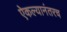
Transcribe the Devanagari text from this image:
ऐकल्यानंतरच